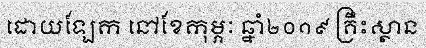
ដោយឡែក នៅខែកុម្ភៈ ឆ្នាំ២០១៩ គ្រឹះស្ថាន